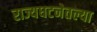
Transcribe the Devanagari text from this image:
राज्यघटनेतल्या